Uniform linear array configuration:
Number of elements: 8
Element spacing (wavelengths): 0.5
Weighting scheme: hamming
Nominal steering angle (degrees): -15
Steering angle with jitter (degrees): -16.254
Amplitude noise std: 0.05
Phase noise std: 0.05

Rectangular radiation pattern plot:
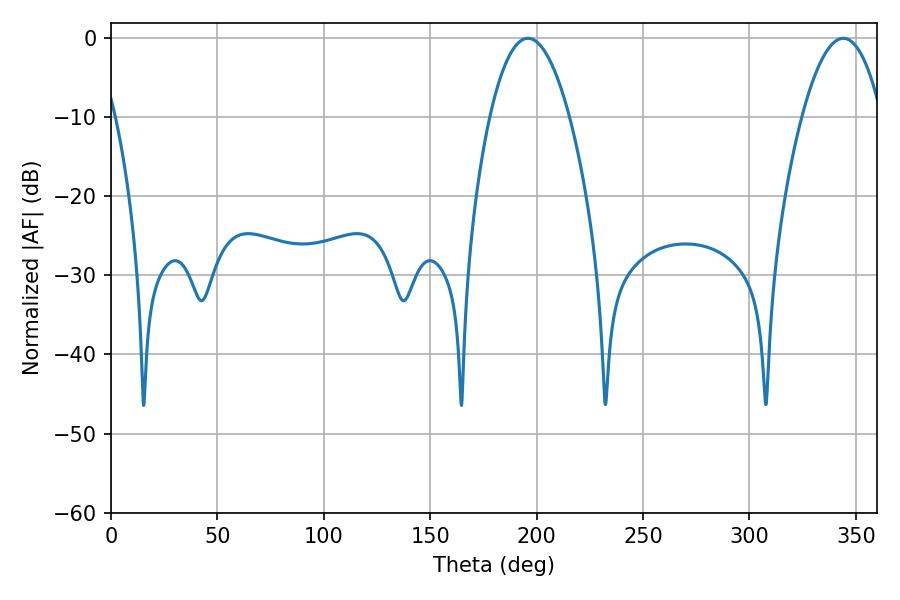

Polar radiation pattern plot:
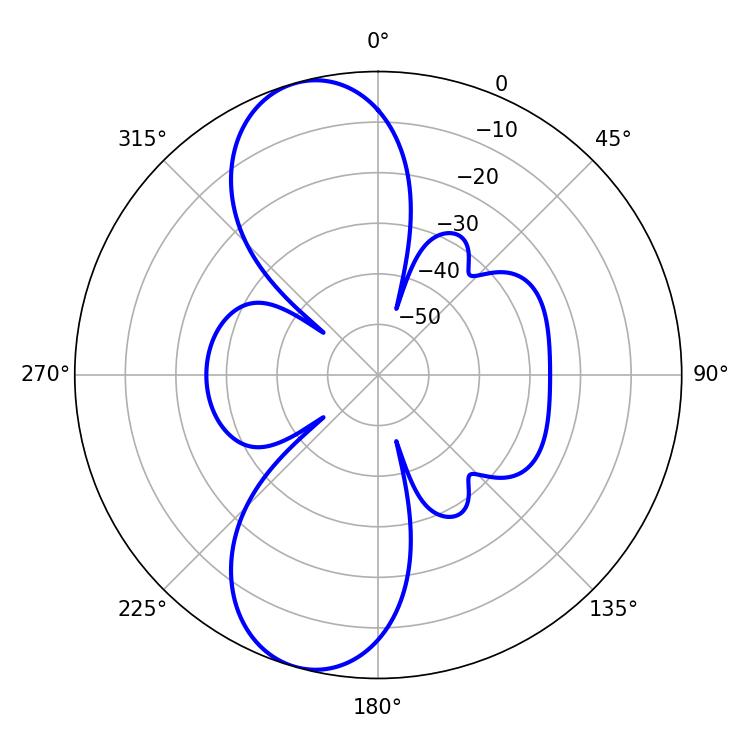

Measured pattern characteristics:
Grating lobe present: FALSE
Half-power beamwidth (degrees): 20.7
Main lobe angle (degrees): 195.84